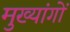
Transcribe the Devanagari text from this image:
मुख्यांगों